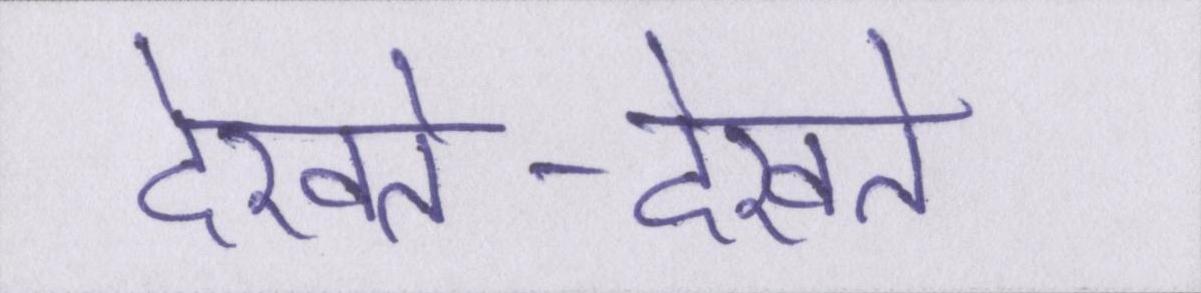
देखते-देखते